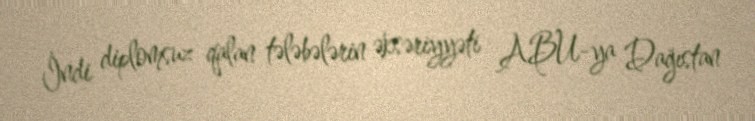
İndi diplomsuz qalan tələbələrin əksəriyyəti ABU-ya Dağıstan